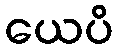
ယေပိ